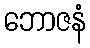
ဘောဇနံ